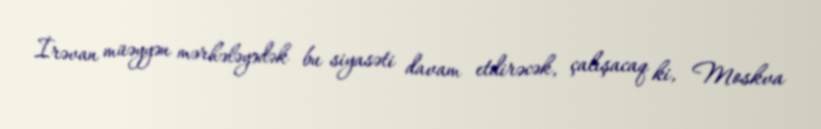
İrəvan müəyyən mərhələyədək bu siyasəti davam etdirəcək, çalışacaq ki, Moskva